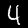
Digit: 4